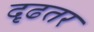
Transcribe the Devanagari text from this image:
दृढतर